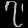
Digit: ၇